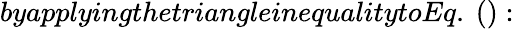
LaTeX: byapplyingthetriangleinequalitytoEq.~():